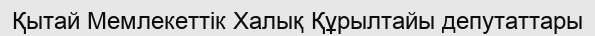
Қытай Мемлекеттік Халық Құрылтайы депутаттары